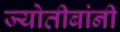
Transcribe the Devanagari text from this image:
ज्योतीबांनी